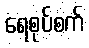
ရေစုပ်စက်